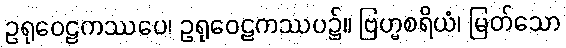
ဥရုဝေဠကဿပေ၊ ဥရုဝေဠကဿပ၌။ ဗြဟ္မစရိယံ၊ မြတ်သော